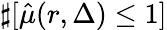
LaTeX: \sharp[\hat{\mu}(r,\Delta)\leq 1]